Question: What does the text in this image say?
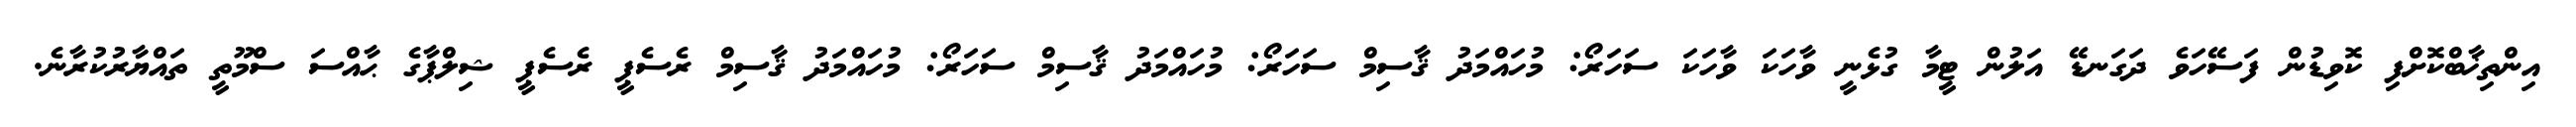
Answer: އިންތިޚާބްކޮށްފި ކޮވިޑުން ފަސޭހަވެ ދަގަނޑޭ އަލުން ޓީމާ ގުޅެނީ ވާހަކަ ވާހަކަ ސަހަރޯ: މުހައްމަދު ޤާސިމް ސަހަރޯ: މުހައްމަދު ޤާސިމް ސަހަރޯ: މުހައްމަދު ޤާސިމް ރެސެޕީ ރެސެޕީ ޝިލްޕާގެ ޙާއްސަ ސްމޫތީ ތައްޔާރުކުރާނެ.